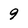
Character: 9